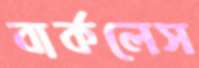
বার্কলেস